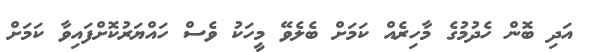
އަދި ބޮން ހެދުމުގެ މާހިރެއް ކަމަށް ބެލެވޭ މީހަކު ވެސް ހައްޔަރުކޮށްފައިވާ ކަމަށް